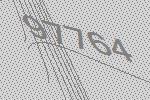
97764